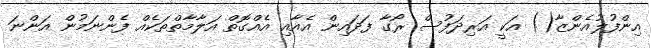
އިންފުލުއެންޒާ() އަކީ އަރިދަފުސް ރޯގާ ފަދައިން އެއާއި އެއްގޮތް އަލާމާތްތަކެއް ފެންނަމުން އަންނަ